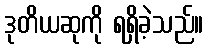
ဒုတိယဆုကို ရရှိခဲ့သည်။